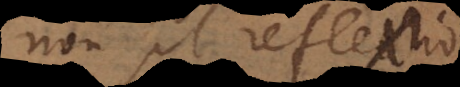
non sit reflexio